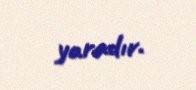
yaradır.